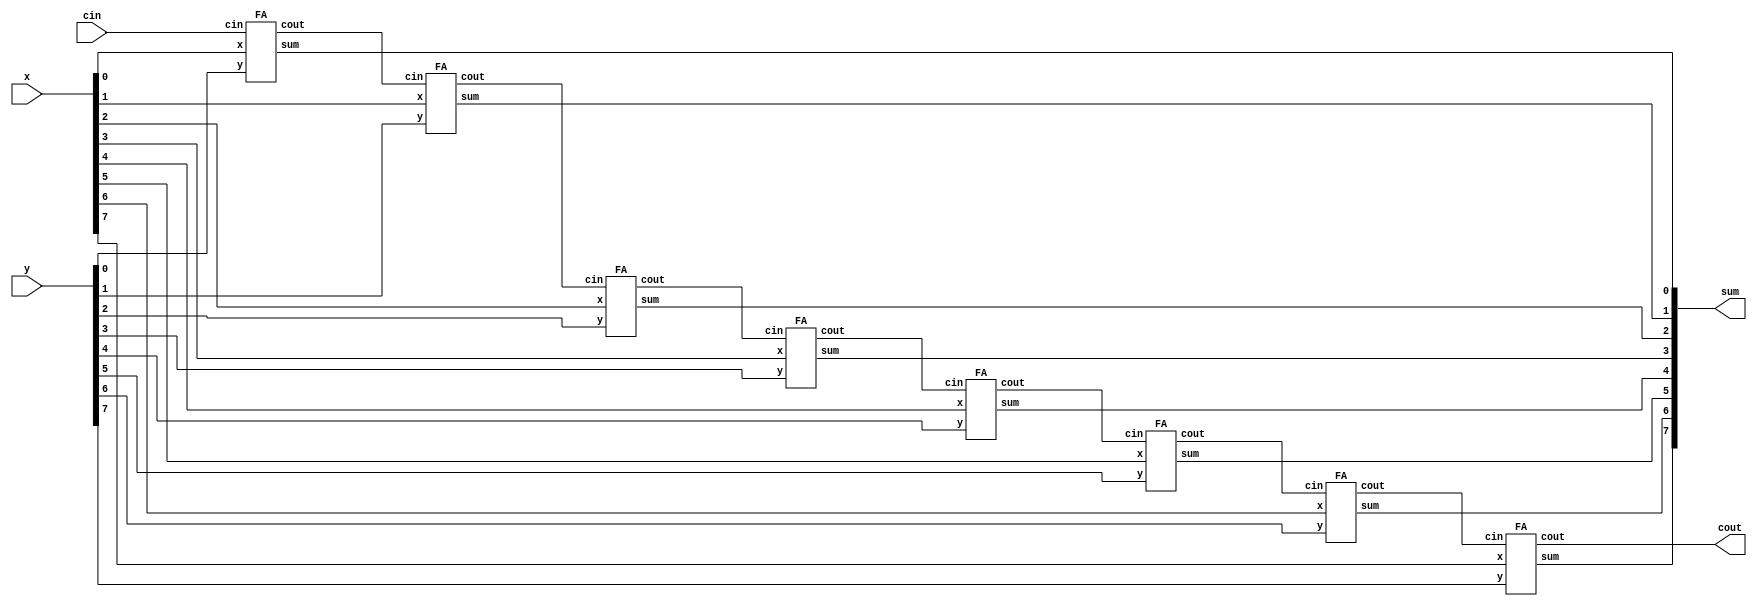
`timescale 1ns / 1ps
module parametric_RCA
#(parameter SIZE = 8)(
input [(SIZE-1):0] x,
input [(SIZE-1):0] y,
input cin,
output cout,
output [(SIZE-1):0] sum);

genvar i;
wire [(SIZE-1):0] cout_inside;
assign cout = cout_inside[SIZE-1];
generate
for (i=0;i<SIZE;i=i+1)
    begin
    if(i==0)
    FA u0 (.x(x[i]),.y(y[i]),.cin(cin),.sum(sum[i]),.cout(cout_inside[i]));
    else
    FA u1 (.x(x[i]),.y(y[i]),.cin(cout_inside[i-1]),.sum(sum[i]),.cout(cout_inside[i]));
    end
endgenerate
endmodule

module HA (
input x,
input y,
output cout,
output sum
);
assign sum = ((~x)&&y) || (x&&(~y));
assign cout = x&&y;
endmodule

module FA (
input x,
input y,
input cin,
output cout,
output sum);
wire sum1;
wire cout1;
wire sum2;
wire cout2;
HA HA1 (.x(x),.y(y),.sum(sum1),.cout(cout1));
HA HA2 (.x(sum1),.y(cin),.sum(sum2),.cout(cout2));
assign sum = sum2;
assign cout = cout2 || cout1;
endmodule